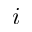
i